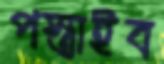
পস্তাইব